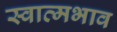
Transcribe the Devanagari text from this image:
स्वात्मभाव